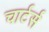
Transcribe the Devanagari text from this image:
चार्टर्स